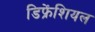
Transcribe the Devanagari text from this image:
डिफ्रेंशियल